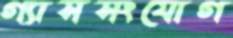
গ্যাসসংযোগ